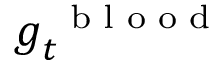
{ \boldsymbol g } _ { t } ^ { \mathrm { ~ \scriptsize ~ b ~ l ~ o ~ o ~ d ~ } }